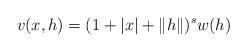
LaTeX: \begin{align*} v(x,h) = (1+|x| + \|h\|)^s w(h) \end{align*}